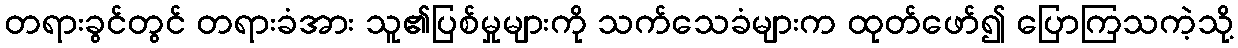
တရားခွင်တွင် တရားခံအား သူ၏ပြစ်မှုများကို သက်သေခံများက ထုတ်ဖော်၍ ပြောကြသကဲ့သို့